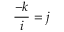
{ \frac { - k } { i } } = j